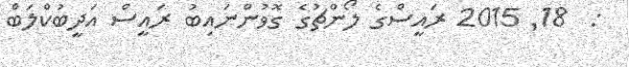
:  18